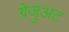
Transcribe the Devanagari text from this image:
ग्रेजुअट